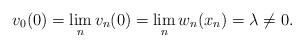
LaTeX: \begin{align*}v_0(0)=\lim_nv_n(0)=\lim_nw_n(x_n)=\lambda\neq 0.\end{align*}